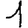
Digit: 1